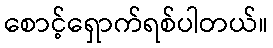
စောင့်ရှောက်ရစ်ပါတယ်။